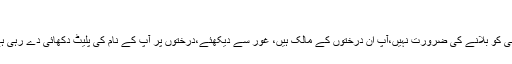
“
کسی کو بلانے کی ضرورت نہیں،آپ ان درختوں کے مالک ہیں، غور سے دیکھئے،درختوں پر آپ کے نام کی پلیٹ دکھائی دے رہی ہے۔